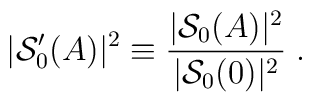
|{\mathcal S}'_0(A)|^2 \equiv \frac{|{\mathcal S}_0(A)|^2}{|{\mathcal S}_0(0)|^2}\;.